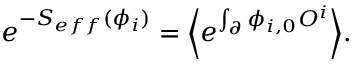
e ^ { - S _ { e f f } ( \phi _ { i } ) } = \Bigl \langle e ^ { \int _ { \partial } \phi _ { i , 0 } { \cal O } ^ { i } } \Bigr \rangle .